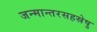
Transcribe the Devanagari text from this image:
जन्मान्तरसहस्रेषु